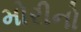
મોરીનો